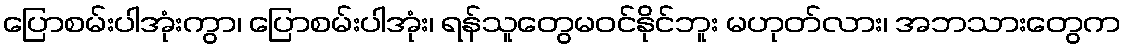
ပြောစမ်းပါအုံးကွာ၊ ပြောစမ်းပါအုံး၊ ရန်သူတွေမဝင်နိုင်ဘူး မဟုတ်လား၊ အဘသားတွေက